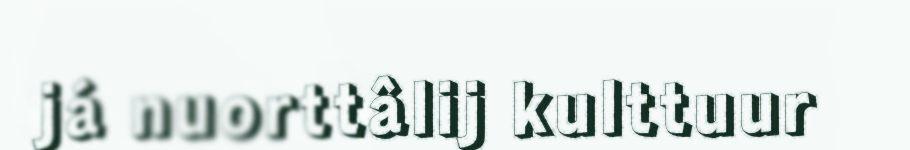
já nuorttâlij kulttuur